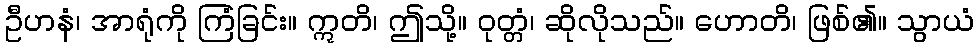
ဦဟနံ၊ အာရုံကို ကြံခြင်း။ ဣတိ၊ ဤသို့။ ဝုတ္တံ၊ ဆိုလိုသည်။ ဟောတိ၊ ဖြစ်၏။ သွာယံ